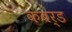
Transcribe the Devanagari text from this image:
कबर्ड